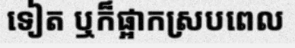
ទៀត ឬក៏ផ្អាកស្របពេល